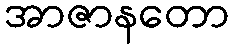
အာဇာနတော